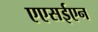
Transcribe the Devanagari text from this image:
एएसईएन